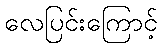
လေပြင်းကြောင့်